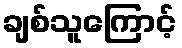
ချစ်သူကြောင့်